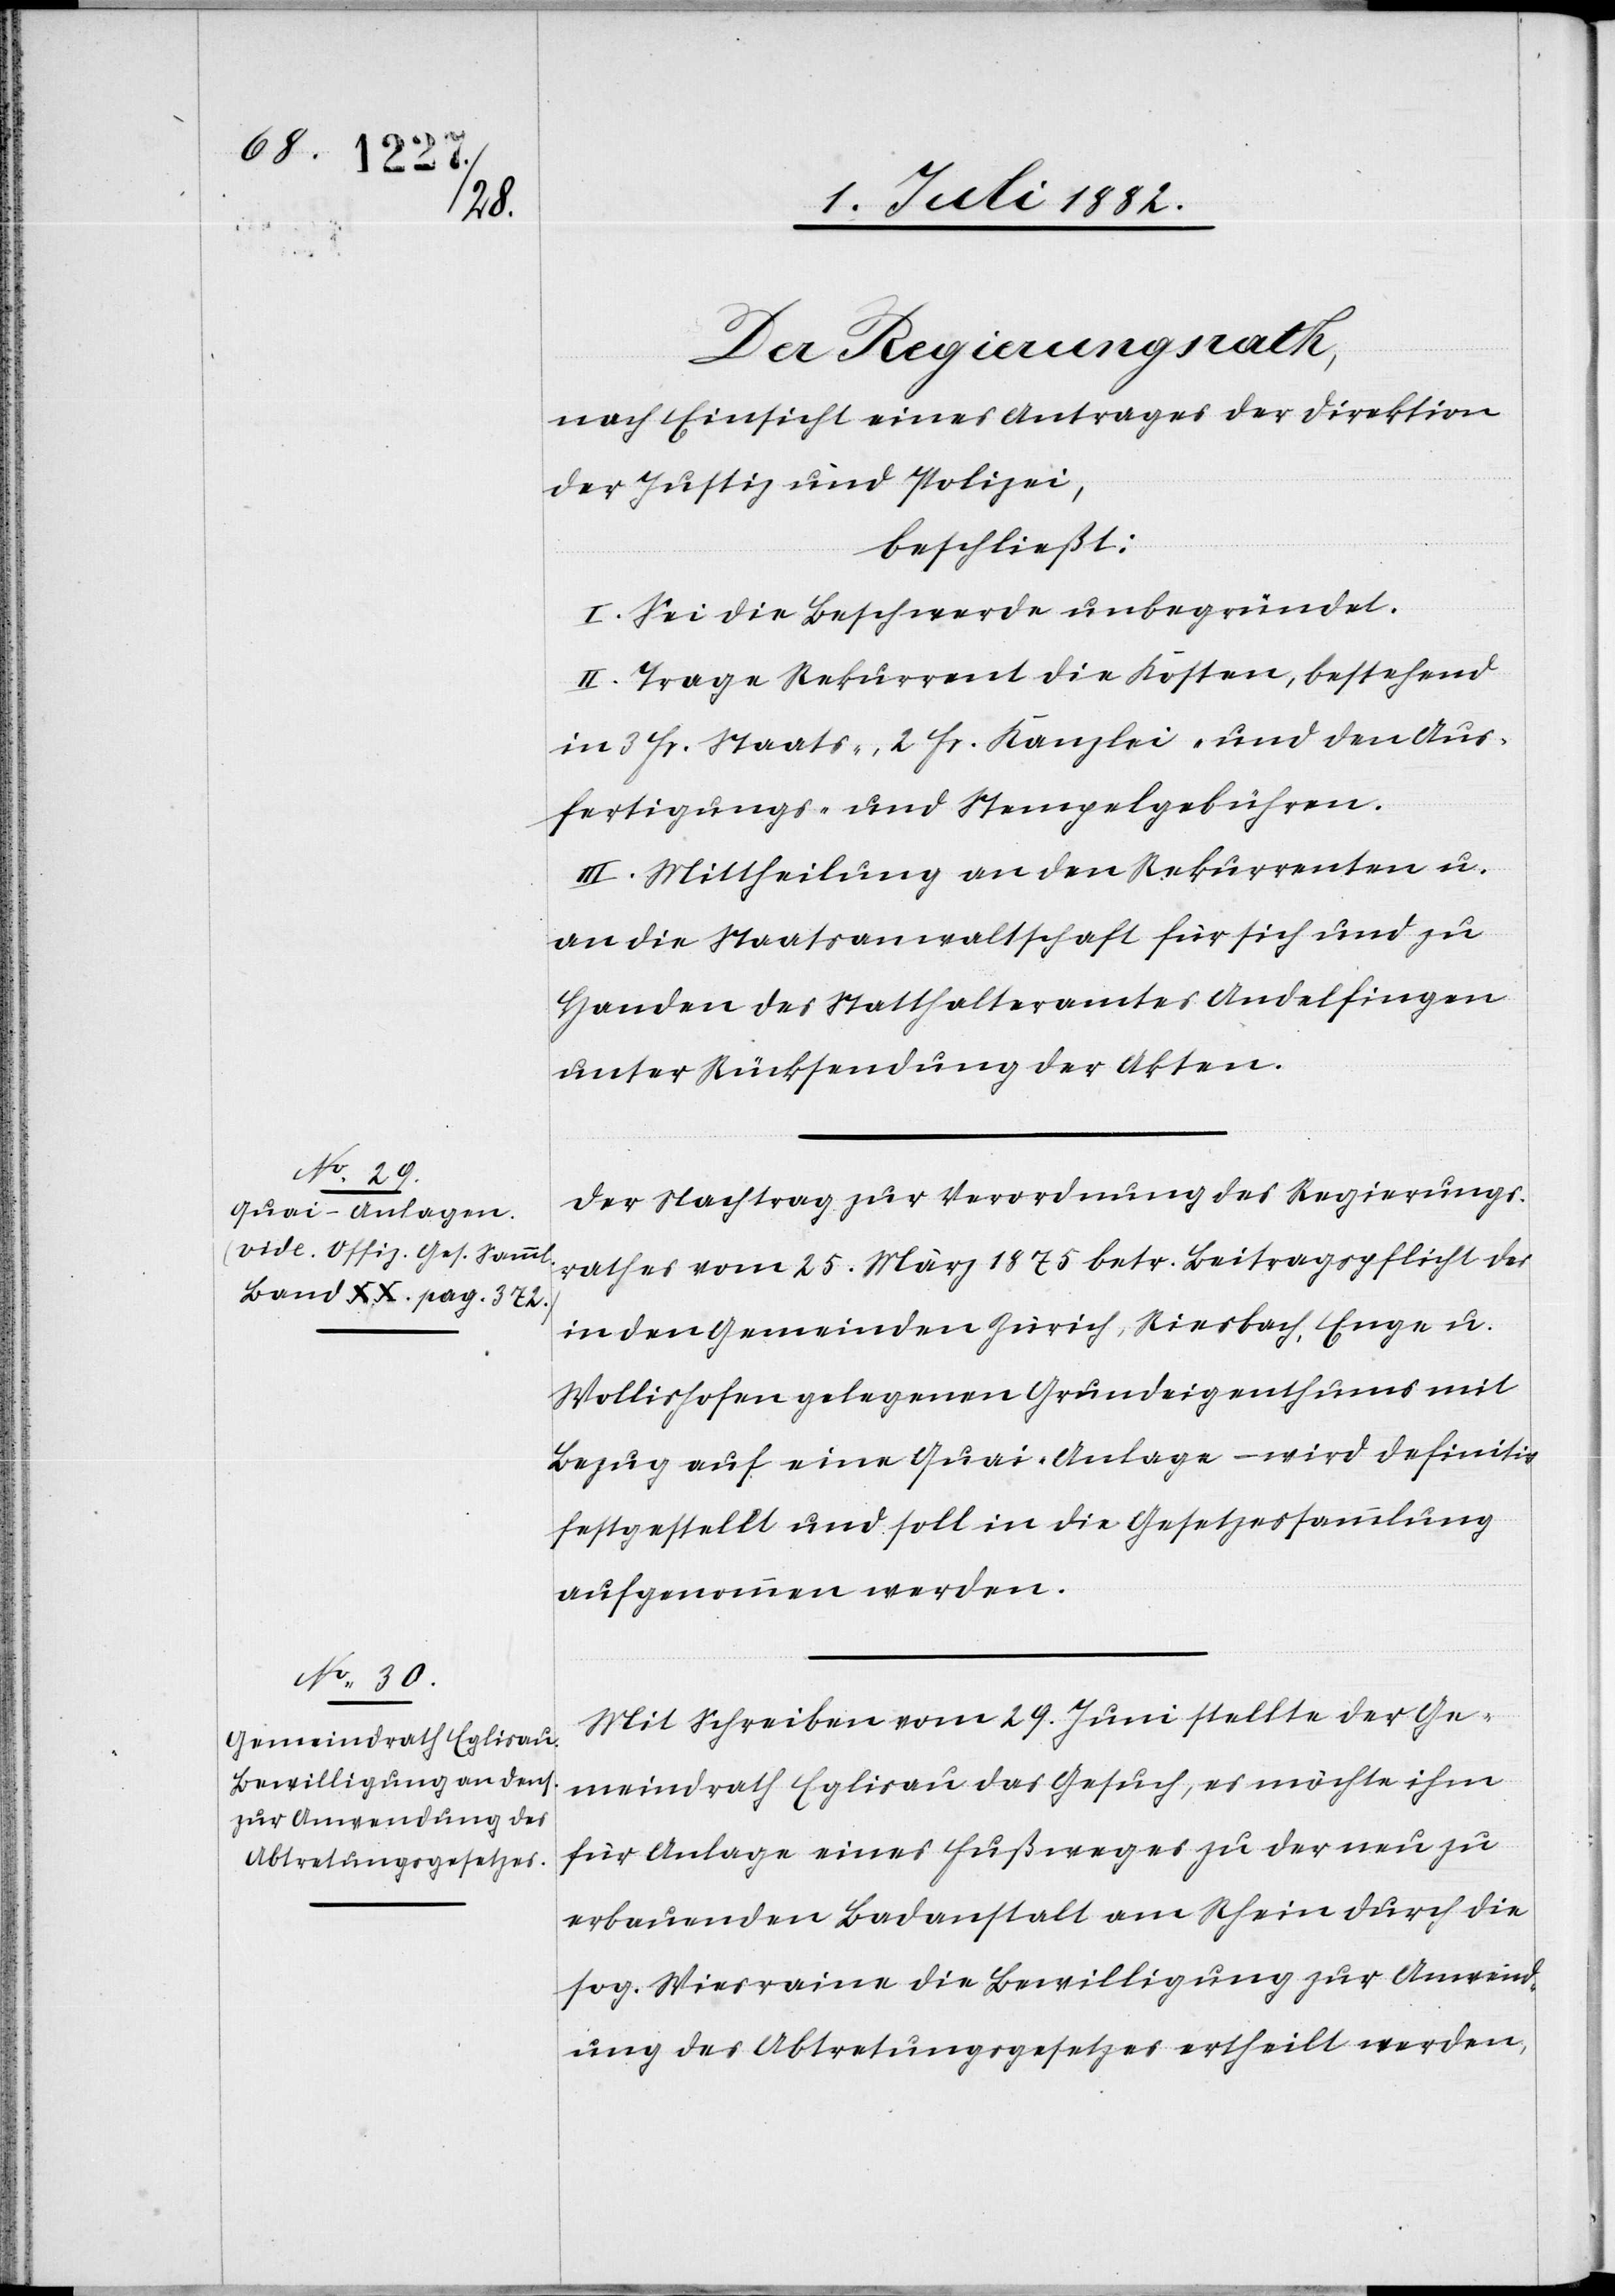
Der Regierungsrath,
nach Einsicht eines Antrages der Direktion
der Justiz & Polizei,
beschließt:
I. Sei die Beschwerde unbegründet.
II. Trage Rekurrent die Kosten, bestehend
in 3 Fr. Staats-, 2 Fr. Kanzlei- und den Aus¬
fertigungs- und Stempelgebühren.
III. Mittheilung an den Rekurrenten u.
an die Staatsanwaltschaft für sich und zu
Handen des Statthalteramtes Andelfingen
unter Rücksendung der Akten.
Der Nachtrag zur Verordnung des Regierungs¬
rathes vom 25. März 1875 betr. Beitragspflicht des
in den Gemeinden Zürich, Riesbach, Enge u.
Wollishofen gelegenen Grundeigenthums mit
Bezug auf eine Quai-Anlage – wird definitiv
festgestellt und soll in die Gesetzessammlung
aufgenommen werden.
Mit Schreiben vom 29. Juni stellte der Ge¬
meindrath Eglisau das Gesuch, es möchte ihm
für Anlage eines Fußweges zu der neu zu
erbauenden Badanstalt am Rhein durch die
sog. Wiesraine die Bewilligung zur Anwend¬
ung des Abtretungsgesetzes ertheilt werden,